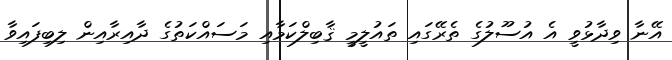
އޭނާ ވިދާޅުވީ އެ އުސޫލުގެ ތެރޭގައި ތައުލީމީ ޤާބިލްކަމާއި މަސައްކަތުގެ ދާއިރާއިން ލިބިފައިވާ